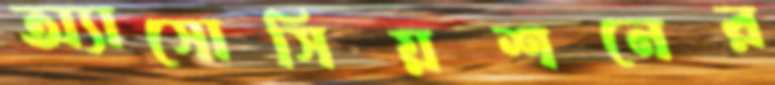
অ্যাসোসিয়শনের